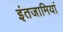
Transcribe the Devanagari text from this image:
इंतजामियां